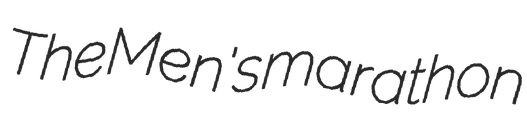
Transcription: The Men's marathon